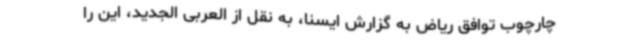
چارچوب توافق ریاض به گزارش ایسنا، به نقل از العربی الجدید، این را